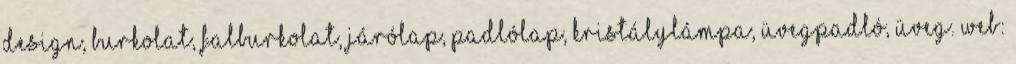
design, burkolat, falburkolat, járólap, padlólap, kristálylámpa, üvegpadló, üveg. Web: